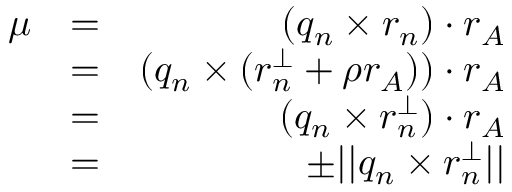
\begin{array} { r l r } { \mu } & { = } & { ( q _ { n } \times r _ { n } ) \cdot r _ { A } } \\ & { = } & { ( q _ { n } \times ( r _ { n } ^ { \perp } + \rho r _ { A } ) ) \cdot r _ { A } } \\ & { = } & { ( q _ { n } \times r _ { n } ^ { \perp } ) \cdot r _ { A } } \\ & { = } & { \pm | | q _ { n } \times r _ { n } ^ { \perp } | | } \end{array}